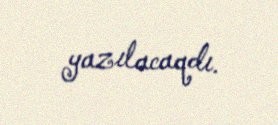
yazılacaqdı.